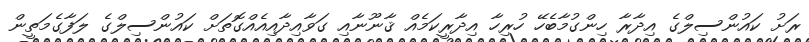
ރަށު ކައުންސިލްގެ އިދާރާ ހިންގުމާބެހޭ ހުރިހާ އިދާރީކަމެއް ޤާނޫނާއި ގަވާއިދާއިއެއްގޮތަށް ކައުންސިލްގެ ލަފާގެމަތީން